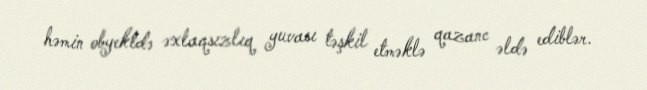
həmin obyektdə əxlaqsızlıq yuvası təşkil etməklə qazanc əldə ediblər.